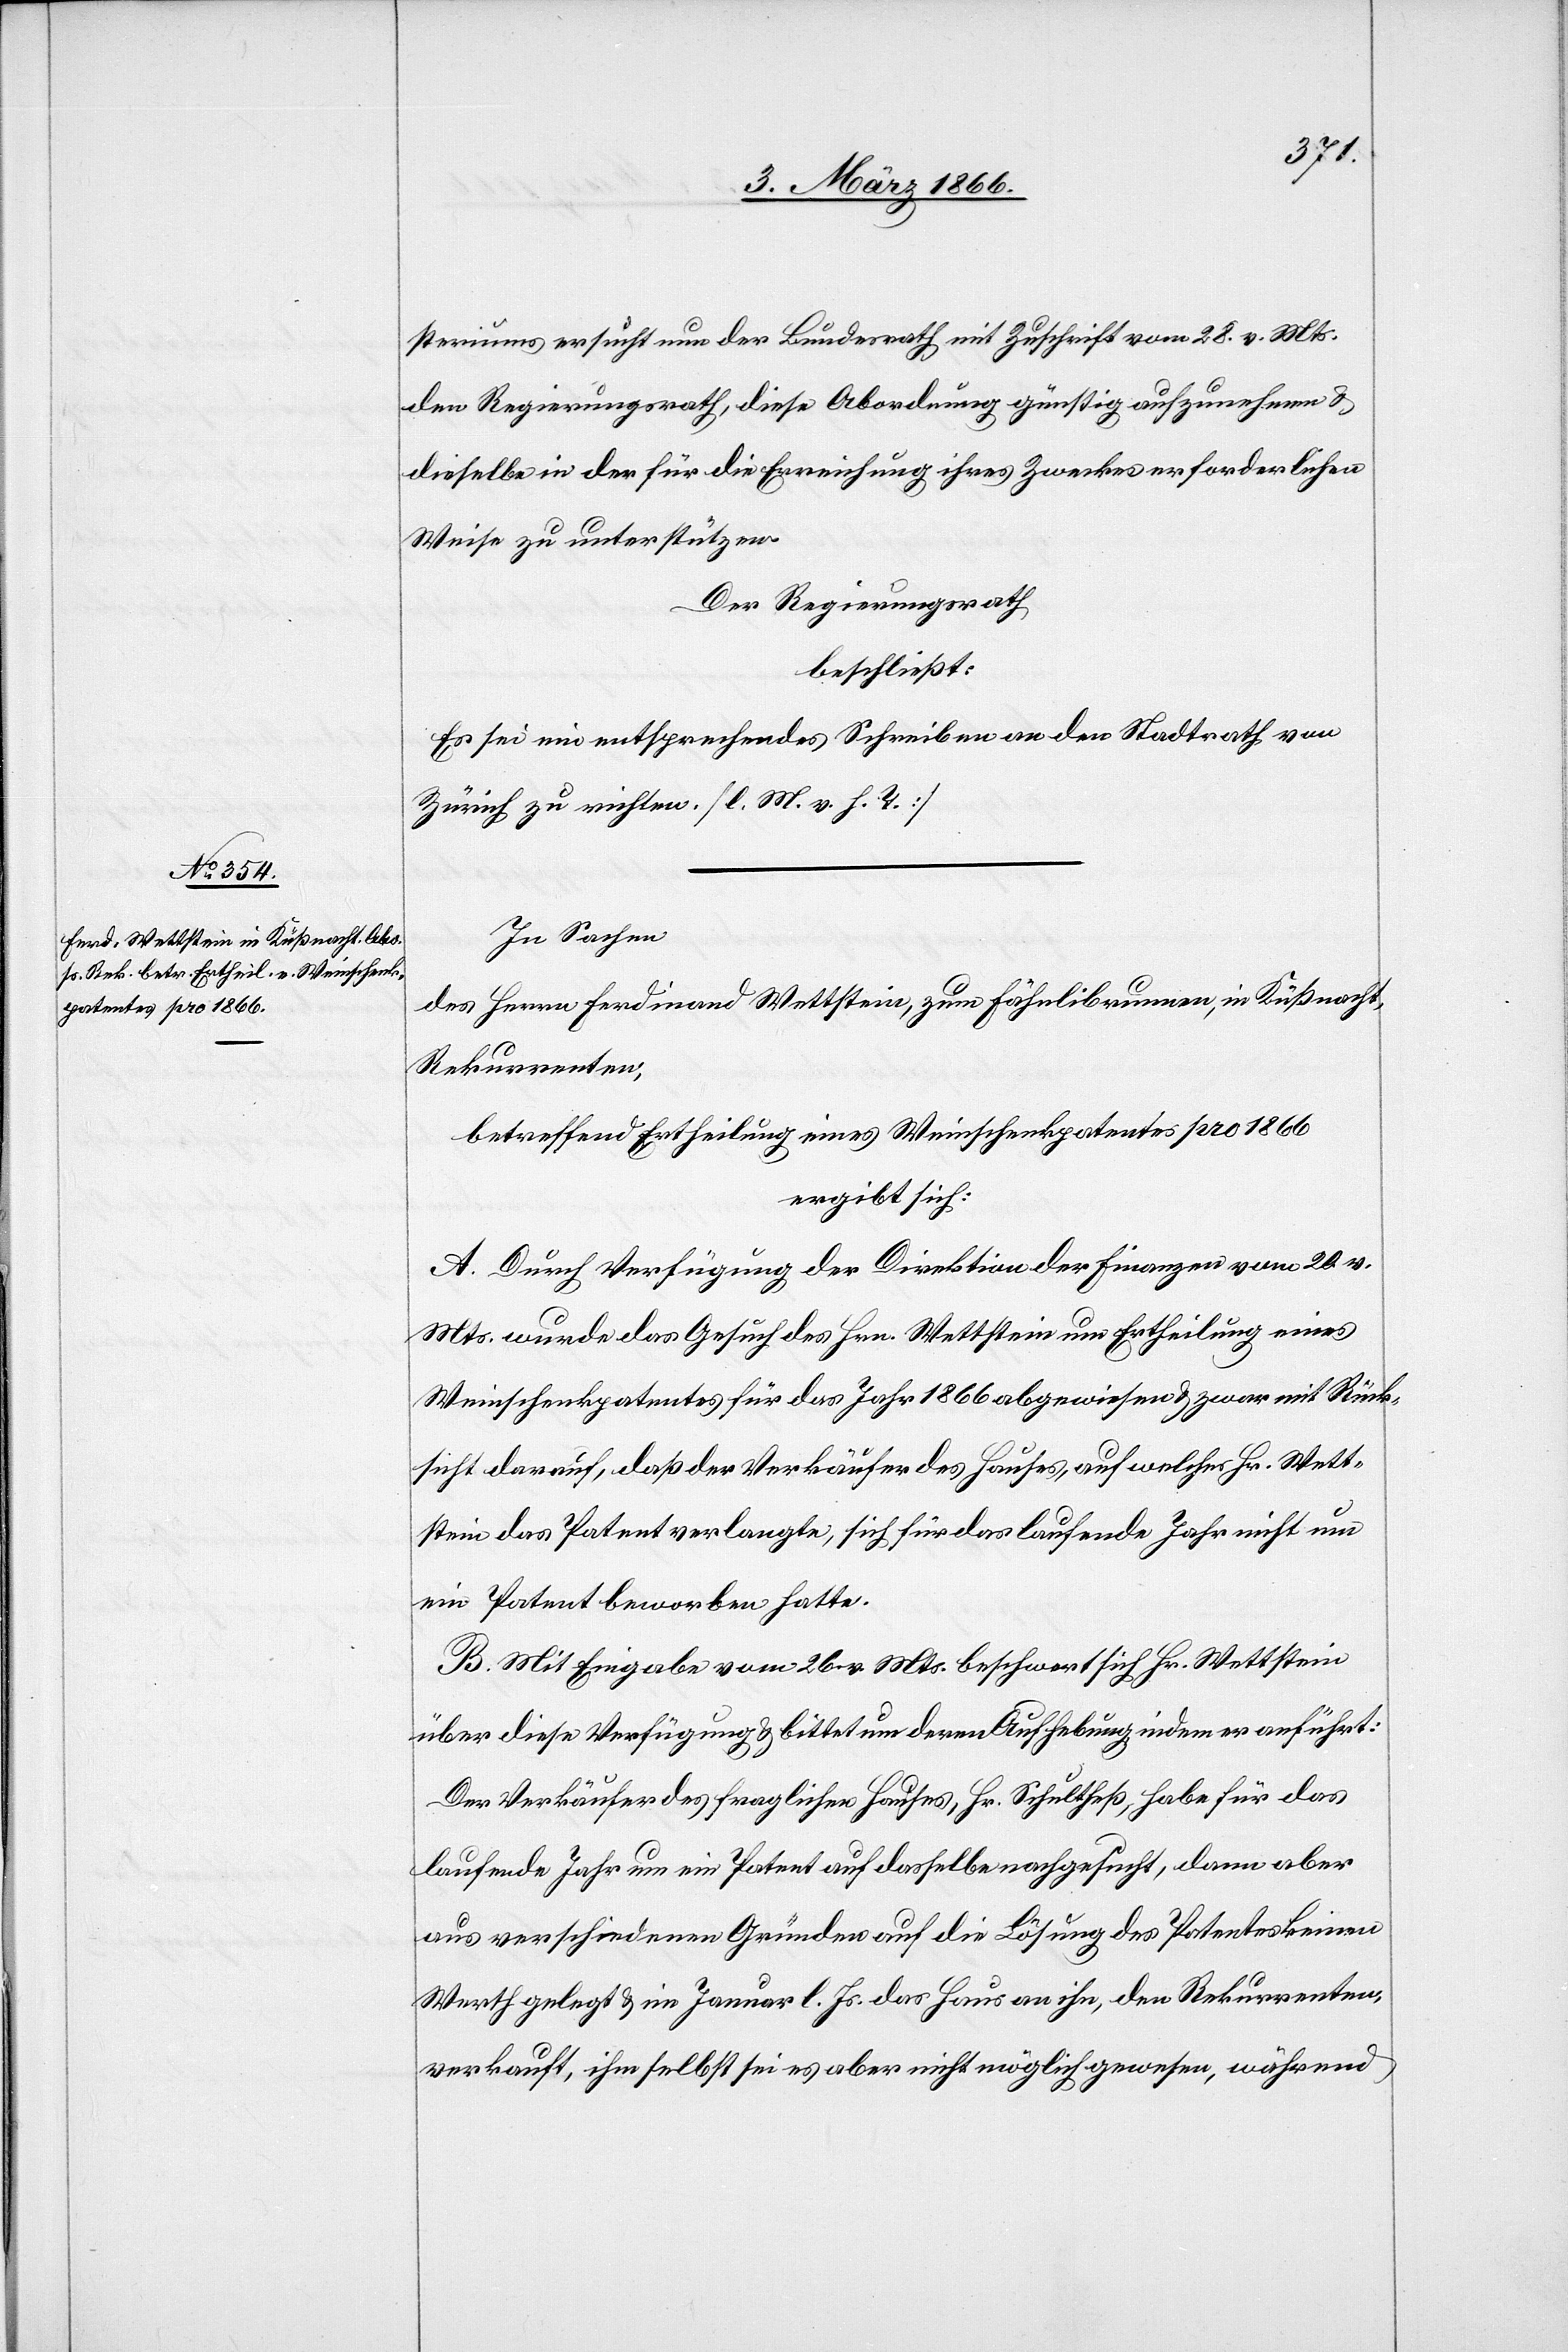
steriums ersucht nun der Bundesrath mit Zuschrift vom 28. v. Mts.
den Regierungsrath, diese Abordnung günstig aufzunehmen u.
dieselbe in der für die Erreichung ihres Zieles erforderlichen
Weise zu unterstützen.
Der Regierungsrath,
beschließt:
Es sei ein entsprechendes Schreiben an den Stadtrath von
Zürich zu richten. [l. M. v. h. T.]
In Sachen
des Herrn Ferdinand Wettstein, zum Fähnlibrunnen, in Küßnacht,
Rekurrenten,
betreffend Ertheilung eines Weinschenkpatentes pro 1866
ergibt sich:
A. Durch Verfügung der Direktion der Finanzen vom 24. v.
Mts. wurde das Gesuch des Hrn. Wettstein um Ertheilung eines
Weinschenkpatentes für das Jahr 1866 abgewiesen u. zwar mit Rück¬
sicht darauf, daß der Verkäufer des Hauses, auf welches Hr. Wett¬
stein das Patent verlangte, sich für das laufende Jahr nicht um
ein Patent beworben hatte.
B. Mit Eingabe vom 26. v. Mts. beschwert sich Hr. Wettstein
über diese Verfügung u. bittet um deren Aufhebung indem er anführt:
Der Verkäufer des fraglichen Hauses, Hr. Schultheß, habe für das
laufende Jahr um ein Patent auf dasselbe nachgesucht, dann aber
aus verschiedenen Gründen auf die Lösung des Patentes keinen
Werth gelegt u. im Januar l. Js. das Haus an ihn, den Rekurrenten,
verkauft, ihm selbst sei es aber nicht möglich gewesen, während